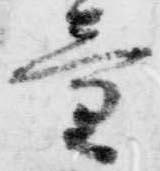
童